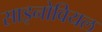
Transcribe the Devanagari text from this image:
साइनोवियल